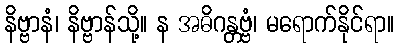
နိဗ္ဗာနံ၊ နိဗ္ဗာန်သို့။ န အဓိဂန္တဗ္ဗံ၊ မရောက်နိုင်ရာ။